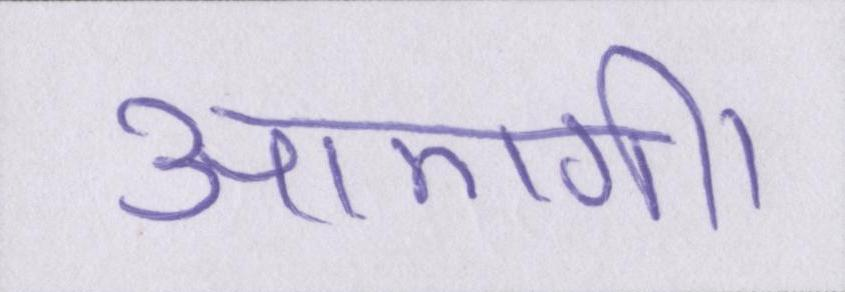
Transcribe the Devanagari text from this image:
आएगी।